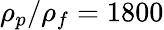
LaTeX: \rho_{p}/\rho_{f}=1800